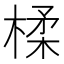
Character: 楺